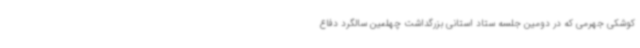
کوشکی جهرمی که در دومین جلسه ستاد استانی بزرگداشت چهلمین سالگرد دفاع